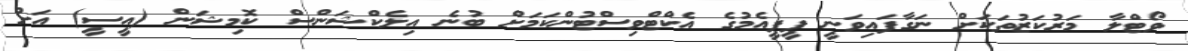
ވޯޓްލާ މަރުކަޒުތަކަށް ނަގާފައިވަނީ ޕީޕީއެމުގެ އެކްޓްވިސްޓުންކަމަށް ބުނެ އިލެކްޝަންސް ކޮމިޝަން (އީސީ) އަށް